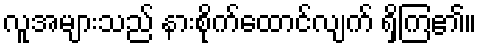
လူအများသည် နားစိုက်ထောင်လျက် ရှိကြ၏။